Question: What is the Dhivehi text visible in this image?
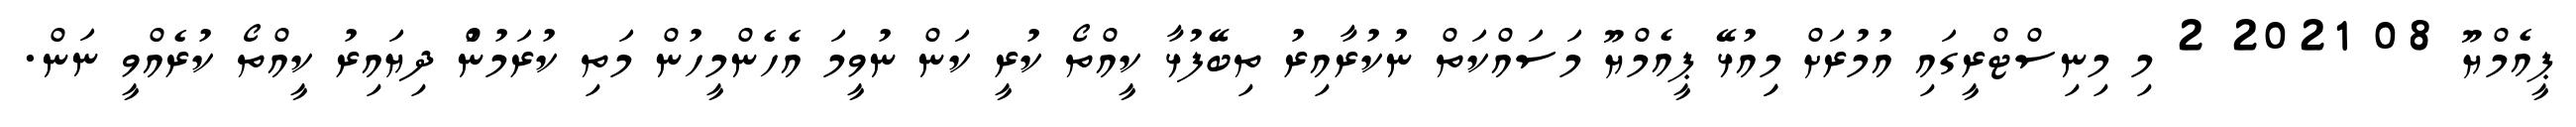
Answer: ޕީއެމްޔޫ 08 2021 2 މި މިނިސްޓްރީގައި އުމުރަށް މިިއުޅޭ ޕީއެމްޔޫ މަސައްކަތް ނުކުރާއިރު ތިބޭފުޅާ ކީއްތޯ ކުރީ ކަން ނުވީމަ އެހެންމީހުން މަތި ކުރަމުނުް ދިޔައިރު ކީއްތޯ ކުރެއްވީ ނަން.